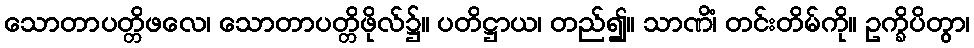
သောတာပတ္တိဖလေ၊ သောတာပတ္တိဖိုလ်၌။ ပတိဋ္ဌာယ၊ တည်၍။ သာဏိံ၊ တင်းတိမ်ကို။ ဥက္ခိပိတွာ၊